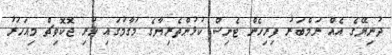
ދުނިޔޭގެ އެއް ނަމްބަރު ފިރިހެން ޓެނިސް ކުޅުންތެރިޔާގެ މަގާމުގައި ހުރި ޖޮކޮވިޗް މިއަހަރު